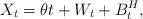
LaTeX: \begin{align*}X_t = \theta t + W_t + B_t^{H},\end{align*}